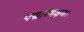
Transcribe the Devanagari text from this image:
पद्मनिभेक्षणः।